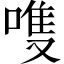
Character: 𫫊